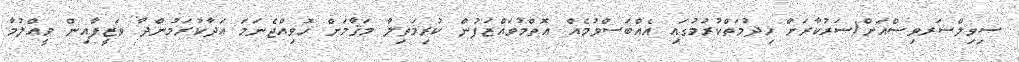
ސިވިލްސަރވިސްއަށް/ސަރުކާރަށް ޚިދުމަތްކުރުމުގައި އެއްބަސްވުމެއް އޮތްމުވައްޒަފުން ކުރިމަތިލާ މަޤާމަށް ހޮވިއްޖެނަމަ އަދާކުރަމުންދާ ވަޒީފާއިން ވީއްލުމާ